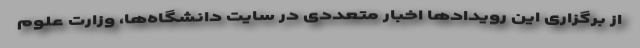
از برگزاری این رویدادها اخبار متعددی در سایت دانشگاه‌ها، وزارت علوم